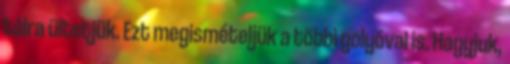
tálra ültetjük. Ezt megismételjük a többi golyóval is. Hagyjuk,